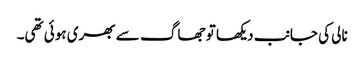
نالی کی جانب دیکھا تو جھاگ سے بھری ہوئی تھی۔